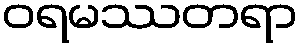
ဝရမဿတရာ